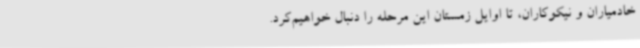
خادمیاران و نیکوکاران، تا اوایل زمستان این مرحله را دنبال خواهیم‌کرد.